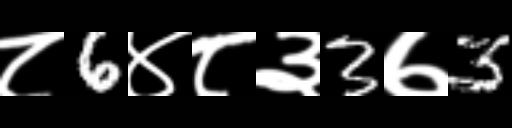
Text: ८6४८३3७3